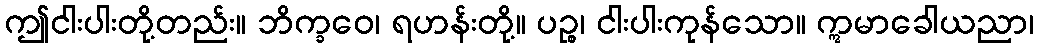
ဤငါးပါးတို့တည်း။ ဘိက္ခဝေ၊ ရဟန်းတို့။ ပဉ္စ၊ ငါးပါးကုန်သော။ ဣမာခေါယညာ၊